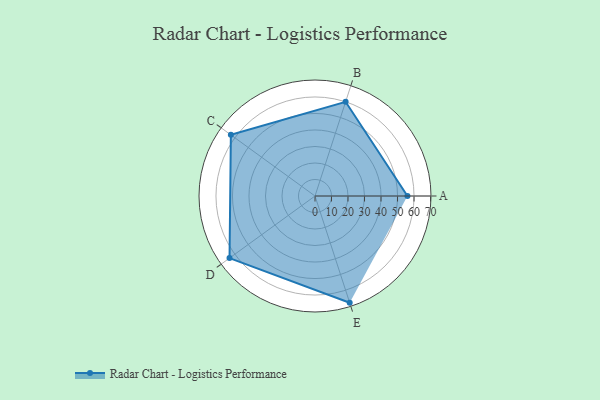
{"axis": {"x": "Skill", "y": "Score"}, "legend": ["Profile"], "data": [{"x": "A", "y": 56.0, "type": "Profile"}, {"x": "B", "y": 60.0, "type": "Profile"}, {"x": "C", "y": 63.0, "type": "Profile"}, {"x": "D", "y": 64.0, "type": "Profile"}, {"x": "E", "y": 68.0, "type": "Profile"}]}